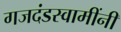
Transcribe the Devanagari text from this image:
गजदंडस्वामींनी